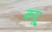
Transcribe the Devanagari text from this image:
कपू